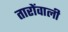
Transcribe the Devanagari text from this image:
तारोंवाली